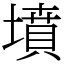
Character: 墳